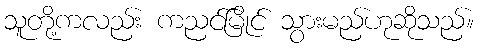
သူတို့ကလည်း ကညင်မြိုင် သွားမည်ဟုဆိုသည်။